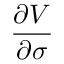
\frac { \partial V } { \partial \sigma }